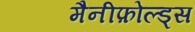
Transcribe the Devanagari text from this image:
मैनीफ़ोल्ड्स